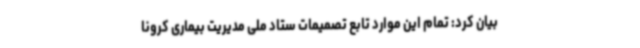
بیان کرد: تمام این موارد تابع تصمیمات ستاد ملی مدیریت بیماری کرونا